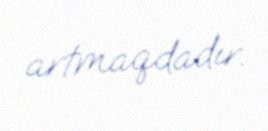
artmaqdadır.